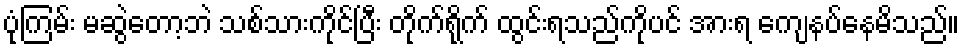
ပုံကြမ်း မဆွဲတော့ဘဲ သစ်သားကိုင်ပြီး တိုက်ရိုက် ထွင်းရသည်ကိုပင် အားရ ကျေနပ်နေမိသည်။